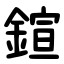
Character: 鍹